Civil Veterinary Department. United Provinces 1923-31 - 1923-1931
Year: 1923
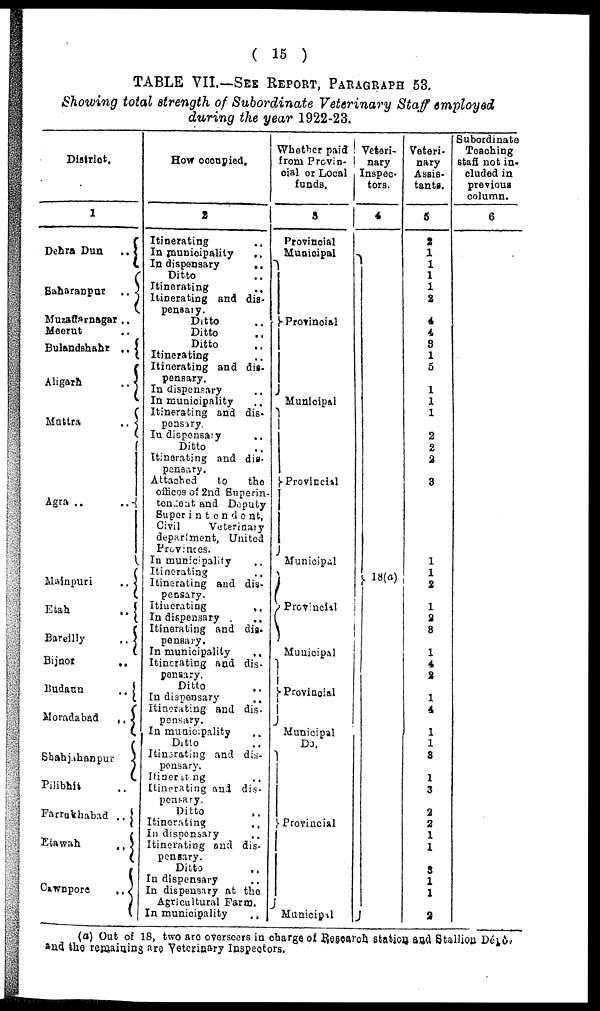
( 15 )
TABLE VII.—SEE REPORT, PARAGRAPH 53.
Showing total strength of Subordinate Veterinary Staff employed
during the year 1922-23.
District.
1
Dehra Dun
..
Saharanpur
..
Muzaffanagar ..
Meerut ..
Bulandshahr ..
Aligarh
..
Muttra
..
Agra .. ..
Mainpuri
Etah
..
Bareilly
..
Bijnor
..
Budaun
..
Moradabad
..
Shahjahanpur
Pilibhit ..
Farrukhabad
..
Etawah
..
Cawnpore
..
How occupied.
2
Itinerating ..
In municipality ..
In dispensary
..
Ditto ..
Itinerating ..
Itinerating and dis-
pensaty.
Ditto ..
Ditto ..
Ditto ..
Itinerating ..
Itinerating and dis-
pensary.
In dispensary ..
In municipality ..
Itinerating and dis-
ponsary.
In diepensary ..
Ditto ..
Itinerating and dis-
pensary.
Attached
to
the
offices of 2nd Superin-
ten 2ont and Deputy
Superintendent,
Civil
Veterinary
department, United
Provinces.
In municipality ..
Itinerating ..
Itinerating and dis-
pensary.
Itinerating
..
In dispensary ..
Itinerating and dis-
pensaiy.
In municipality
..
Itinerating and dis-
pensary.
Ditto ..
In dispensary..
Itinerating and dis-
pensary.
In municipality ..
Ditto ..
Itinerating and dis-
pensary.
Itinerating ..
Itinerating and dis-
pensary.
Ditto
..
Itinerating ..
In dispensary ..
Itinerating and dis-
peneary.
Ditto
..
In dispensary ..
In dispensary at the
Agricultural Farm.
In municipality
..
Whether paid
from Provin-
cial or Local
funds.
3
Provincial
Municipal
Provincial
Municipal
Provincial
Municipal
Provincial
Municipal
Provincial
Municipal
Do.
Provincial
Manicipal
Veteri-
nary
Inspec-
tors.
4
18(a)
Veteri-
nary
Assis-
tants.
5
2
1
1
1
1
2
4
4
9
1
5
1
1
1
2
2
2
3
1
1
2
1
2
8
1
4
2
1
4
1
1
8
1
3
2
2
1
1
3
1
1
2
Subordinate
Teaching
staff not in-
cluded in
previous
column.
6
(a) Out of 18, two are overseers in charge of Research. station and Stallion. Dépôt
and the rermining are Veterinary Inspectors.